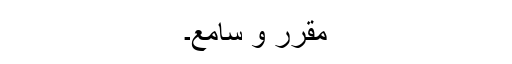
مقرر و سامع۔